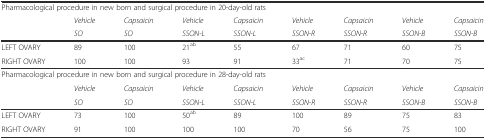
<table><thead><tr><td colspan="9"><b>Pharmacological procedure in new born and surgical procedure in 20-day-old rats</b></td></tr><tr><td></td><td><b><i>Vehicle</i></b></td><td><b><i>Capsaicin</i></b></td><td><b><i>Vehicle</i></b></td><td><b><i>Capsaicin</i></b></td><td><b><i>Vehicle</i></b></td><td><b><i>Capsaicin</i></b></td><td><b><i>Vehicle</i></b></td><td><b><i>Capsaicin</i></b></td></tr><tr><td></td><td><b><i>SO</i></b></td><td><b><i>SO</i></b></td><td><b><i>SSON-L</i></b></td><td><b><i>SSON-L</i></b></td><td><b><i>SSON-R</i></b></td><td><b><i>SSON-R</i></b></td><td><b><i>SSON-B</i></b></td><td><b><i>SSON-B</i></b></td></tr></thead><tbody><tr><td>LEFT OVARY</td><td>89</td><td>100</td><td>21<sup>ab</sup></td><td>55</td><td>67</td><td>71</td><td>60</td><td>75</td></tr><tr><td>RIGHT OVARY</td><td>100</td><td>100</td><td>93</td><td>91</td><td>33<sup>ac</sup></td><td>71</td><td>70</td><td>75</td></tr><tr><td colspan="9">Pharmacological procedure in new born and surgical procedure in 28-day-old rats</td></tr><tr><td></td><td><i>Vehicle</i></td><td><i>Capsaicin</i></td><td><i>Vehicle</i></td><td><i>Capsaicin</i></td><td><i>Vehicle</i></td><td><i>Capsaicin</i></td><td><i>Vehicle</i></td><td><i>Capsaicin</i></td></tr><tr><td></td><td><i>SO</i></td><td><i>SO</i></td><td><i>SSON-L</i></td><td><i>SSON-L</i></td><td><i>SSON-R</i></td><td><i>SSON-R</i></td><td><i>SSON-B</i></td><td><i>SSON-B</i></td></tr><tr><td>LEFT OVARY</td><td>73</td><td>100</td><td>50<sup>ab</sup></td><td>89</td><td>100</td><td>89</td><td>75</td><td>83</td></tr><tr><td>RIGHT OVARY</td><td>91</td><td>100</td><td>100</td><td>100</td><td>70</td><td>56</td><td>75</td><td>100</td></tr></tbody></table>